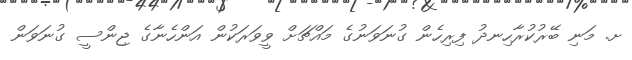
ށ. މަނި ބޭރުކުރާހިނދު ފިރިހެން ގުނަވަނުގެ މައްޗަށް ވީވަރަކުން އަންހެނާގެ ޖިންސީ ގުނަވަން